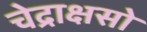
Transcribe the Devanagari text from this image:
चेद्राक्षसो